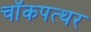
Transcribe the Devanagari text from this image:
चॉकपत्थर